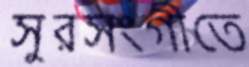
সুরসংগীতে